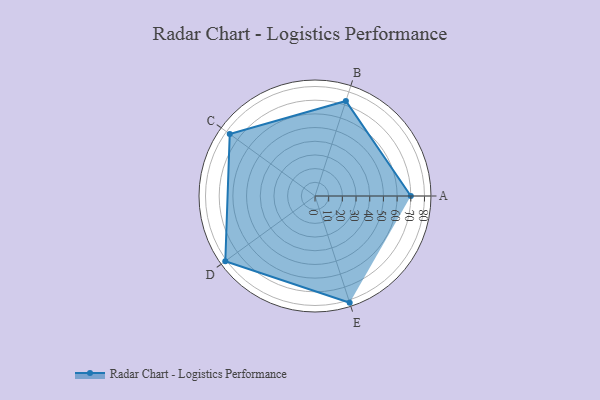
{"axis": {"x": "Skill", "y": "Score"}, "legend": ["Profile"], "data": [{"x": "A", "y": 70.0, "type": "Profile"}, {"x": "B", "y": 73.0, "type": "Profile"}, {"x": "C", "y": 77.0, "type": "Profile"}, {"x": "D", "y": 81.0, "type": "Profile"}, {"x": "E", "y": 82.0, "type": "Profile"}]}